Vaccination Hyderabad 1872-1889 - 1872-1889
Year: 1872
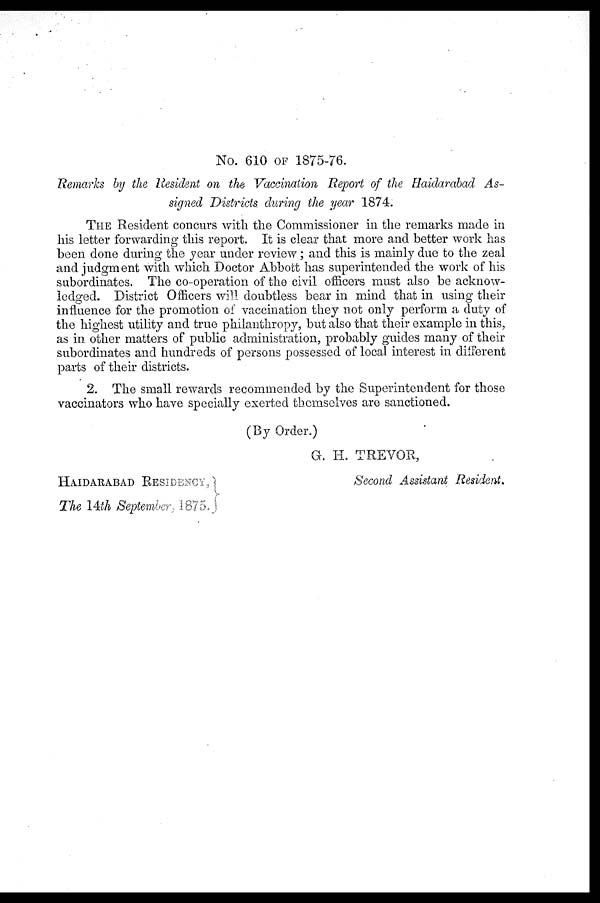
No. 610 OF 1875-76.
Remarks by the Resident on the Vaccination Report of the Haidarabad As-
signed Districts during the year 1874.
THE Resident concurs with the Commissioner in the remarks made in
his letter forwarding this report. It is clear that more and better work has
been done during the year under review; and this is mainly due to the zeal
and judgment with which Doctor Abbott has superintended the work of his
subordinates. The co-operation of the civil officers must also be acknow-
ledged. District Officers will doubtless bear in mind that in using their
influence for the promotion of vaccination they not only perform a duty of
the highest utility and true philanthropy, but also that their example in this,
as in other matters of public administration, probably guides many of their
subordinates and hundreds of persons possessed of local interest in different
parts of their districts.
2. The small rewards recommended by the Superintendent for those
vaccinators who have specially exerted themselves are sanctioned.
(By Order.)
HAIDARABAD RESIDENCY,
The 14th September, 1875.
G. H. TREVOR,
Second Assistant Resident.